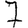
Digit: 7